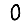
Digit: 0